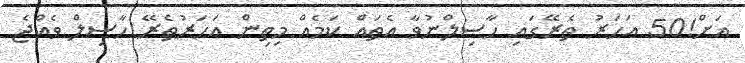
އަށް!50 އަހަރު ތެރޭގައި ހާސިލްނުވާ އެތައް ކަމެއް މިތިން އަހަރުތެރޭ ހާސިލް ވެއްޖެ